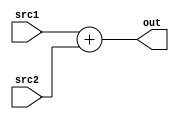
module Adder(
	input [31:0]src1,
	input [31:0]src2,
	output wire [31:0]out
);
	assign out = src1+src2;
endmodule